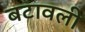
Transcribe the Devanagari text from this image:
बटावली